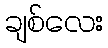
ချစ်လေး